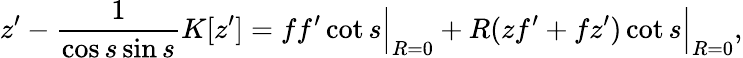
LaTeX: z^{\prime}-\frac{1}{\cos s\sin s}K[z^{\prime}]=\Bigl.ff^{\prime}\cot s\Bigr|_{R=0}+\Bigl.R(zf^{\prime}+fz^{\prime})\cot s\Bigr|_{R=0},